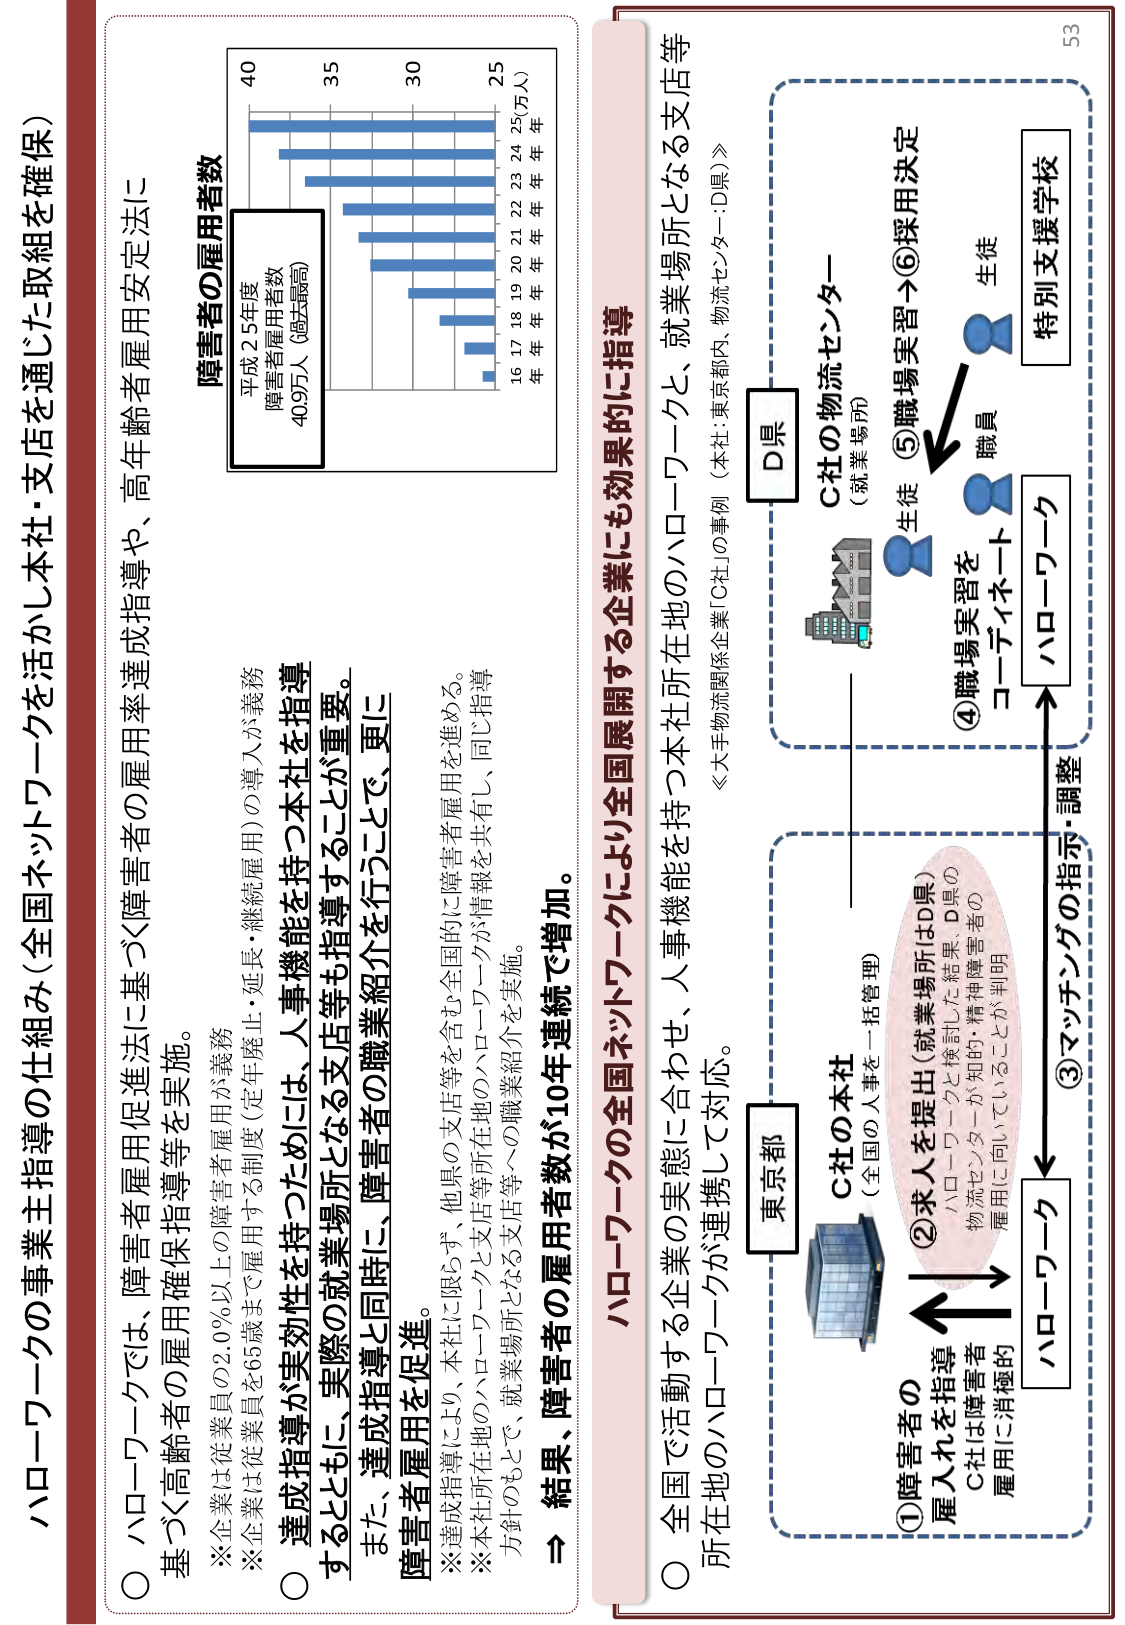
ハローワークの事業主指導の仕組み（全国ネットワークを活かし本社・支店を通じた取組を確保）

○ ハローワークでは、障害者雇用促進法に基づく障害者の雇用率達成指導や、高年齢者雇用安定法に基づく高齢者の雇用確保指導等を実施。

※企業は従業員の2.0％以上の障害者雇用が義務
※企業は従業員を65歳まで雇用する制度（定年廃止・延長・継続雇用）の導入が義務

○ 達成指導が実効性を有するために、人事機能を持つ本社等も指導することとし、実際の就業場所となる支店等も指導することが重要。

また、達成指導と同時に、障害者の職業紹介を行うことで、更に障害者雇用を促進。

※達成指導により、本社の支店等を含む全国的に障害者雇用を進める。
※本社所在地のハローワークと支店等所在地のハローワークが情報共有し、同じ指導方針のもとで、就業場所となる支店等への職業紹介を実施。

→ 結果、障害者の雇用者数が10年連続で増加。

障害者の雇用者数
平成25年度
障害者雇用者数
40.9万人（過去最高）
40
35
30
25
16 17 18 19 20 21 22 23 24 25（万人）
年 年 年 年 年 年 年 年 年 年

ハローワークの全国ネットワークにより全国展開する企業にも効果的に指導

○ 全国で活動する企業の実態に合わせ、人事機能を持つ本社所在地のハローワークと、就業場所となる支店等所在地のハローワークが連携して対応。

《大手物流関係企業「C社」の事例（本社：東京都内、物流センター：D県）》

①障害者の雇入れを指導
C社は障害者雇用に消極的

②求人を提出（就業場所はD県）
ハローワークと検討した結果、D県の物流センターが知的・精神障害者の雇用に向いていることが判明

③マッチングの指示・調整
ハローワーク

④職場実習を
コーディネート
職員
生徒

⑤職場実習→⑥採用決定
生徒

特別支援学校

C社の物流センター
（就業場所）
D県

C社の本社
（全国の人事を一括管理）
東京都

53